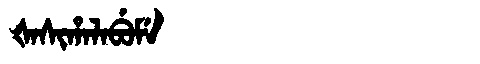
Manchu: ᡧᠠᠰᡳᡥᠠᠯᠠᠪᡠᠮᡝ
Romanization: ŠASIHALABUME